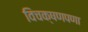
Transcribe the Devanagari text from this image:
विचक्षणपणा